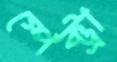
স্পেক্ট্রা